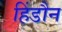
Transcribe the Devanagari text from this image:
हिंडौन